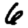
Digit: 6